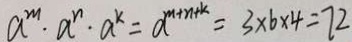
a ^ { m } \cdot a ^ { n } \cdot a ^ { k } = a ^ { m + n + k } = 3 \times 6 \times 4 = 7 2